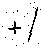
+/